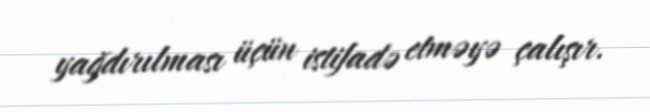
yağdırılması üçün istifadə etməyə çalışır.